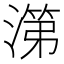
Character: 𰜷